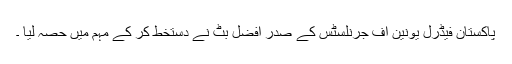
پاکستان فیڈرل یونین آف جرنلسٹس کے صدر افضل بٹ نے دستخط کر کے مہم میں حصہ لیا ۔